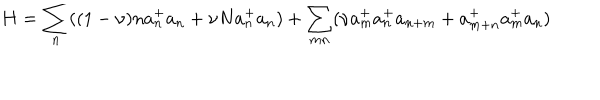
H = \sum _ { n } ( ( 1 - \nu ) n a _ { n } ^ { + } a _ { n } + \nu N a _ { n } ^ { + } a _ { n } ) + \sum _ { m n } ( \nu a _ { m } ^ { + } a _ { n } ^ { + } a _ { n + m } + a _ { m + n } ^ { + } a _ { m } ^ { + } a _ { n } )